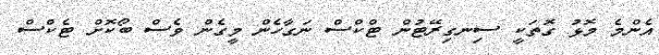
އެންމެ މޮޅު ގޮތަކީ ސިނގިރޭޓުން ޓްކްސް ނަގާހެން މީގެން ވެސް ބޯކޮށް ޓެކްސް